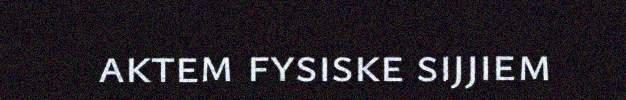
aktem fysiske sijjiem